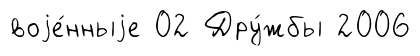
воjе́нныjе 02 Дру́жбы 2006